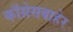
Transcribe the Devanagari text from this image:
काँग्रेसबाहेर